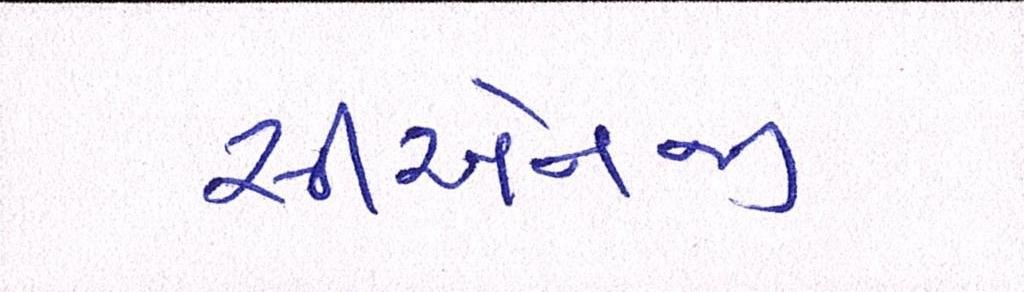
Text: સીએનજી